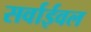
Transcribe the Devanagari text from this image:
सर्वाईवल